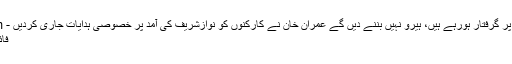
نواز شریف کرپشن پر گرفتار ہورہے ہیں، ہیرو نہیں بننے دیں گے ٗعمران خان نے کارکنوں کو نوازشریف کی آمد پر خصوصی ہدایات جاری کردیں - JavedCh.Com
فائنل کون کھیلے گا ؟